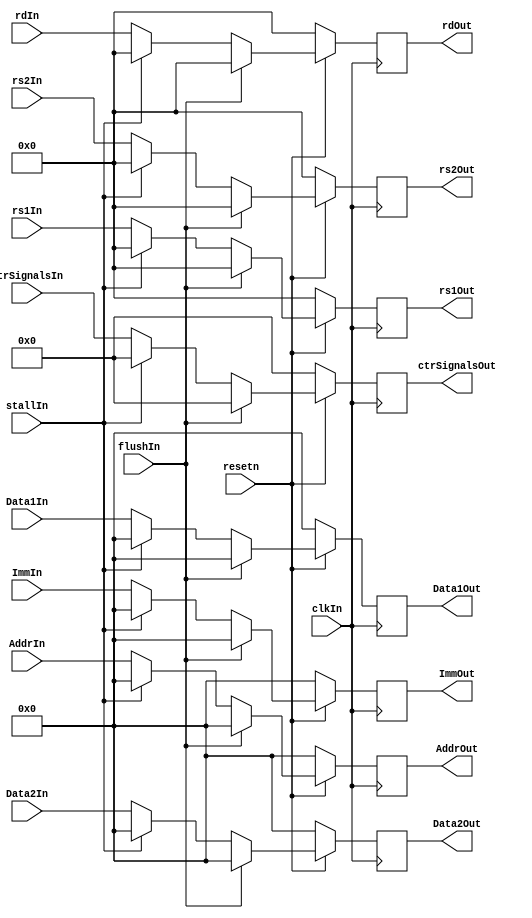
`timescale 1ns / 1ps
//////////////////////////////////////////////////////////////////////////////////
// Company: 
// Engineer: 
// 
// Design Name: 
// Module Name: IDEXReg
// Project Name: 
// Target Devices: 
// Tool Versions: 
// Description: 
// 
// Dependencies: 
// 
// Revision:
// Revision 0.01 - File Created
// Additional Comments:
// 
//////////////////////////////////////////////////////////////////////////////////


module IDEXReg(clkIn,resetn,flushIn,stallIn,rs1In,rs2In,rdIn,AddrIn,ImmIn,
Data1In,Data2In,rdOut,rs1Out,rs2Out,AddrOut,ImmOut,Data1Out,Data2Out,ctrSignalsIn,ctrSignalsOut);
input clkIn;
input resetn;
input flushIn;       
input stallIn;
input[4:0] rs1In;
input[4:0] rs2In;        
input[4:0] rdIn;
input[31:0] AddrIn;
input[31:0] ImmIn;
input[31:0] Data1In;
input[31:0] Data2In;
input[11:0] ctrSignalsIn;
output reg [4:0] rdOut;
output reg [4:0] rs1Out;
output reg [4:0] rs2Out;
output reg [31:0] AddrOut;
output reg [31:0] ImmOut;
output reg [31:0] Data1Out;
output reg [31:0] Data2Out;
output reg [11:0] ctrSignalsOut;

always @(posedge clkIn) begin
   if(~resetn)begin
      rdOut<=5'b0;
      AddrOut<=32'b0;
      ImmOut<=32'b0;
      Data1Out<=32'b0;
      Data2Out<=32'b0;
      ctrSignalsOut<=12'b0;
      rs1Out<=5'b0;
      rs2Out<=5'b0;
   end
   else if(flushIn)begin
      rdOut<=5'b0;
      AddrOut<=32'b0;
      ImmOut<=32'b0;
      Data1Out<=32'b0;
      Data2Out<=32'b0;
      ctrSignalsOut<=12'b0;
      rs1Out<=5'b0;
      rs2Out<=5'b0;
   end
   else if(stallIn==0)begin
      rdOut<=rdIn;
      AddrOut<=AddrIn;
      ImmOut<=ImmIn;
      Data1Out<=Data1In;
      Data2Out<=Data2In;
      ctrSignalsOut=ctrSignalsIn;
      rs1Out<=rs1In;
      rs2Out<=rs2In;
   end
   else begin
      rdOut<=5'b0;
      AddrOut<=32'b0;
      ImmOut<=32'b0;
      Data1Out<=32'b0;
      Data2Out<=32'b0;
      ctrSignalsOut<=12'b0;
      rs1Out<=5'b0;
      rs2Out<=5'b0;
   end
end

endmodule